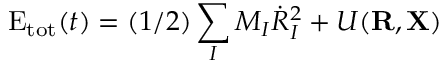
\mathrm { E } _ { \mathrm { t o t } } ( t ) = ( 1 / 2 ) \sum _ { I } M _ { I } { \dot { R } } _ { I } ^ { 2 } + { \cal U } ( { \bf R } , { \bf X } )